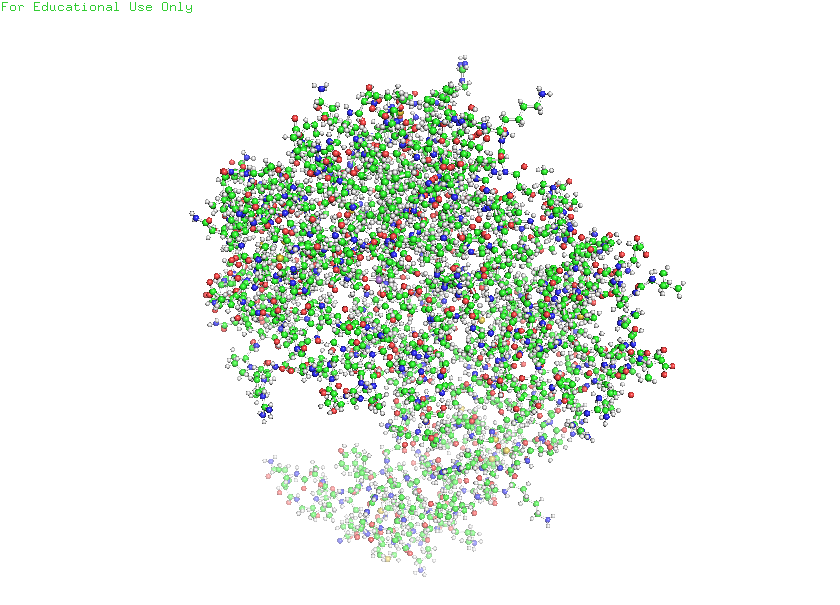
pymol, preset, ball_and_stick